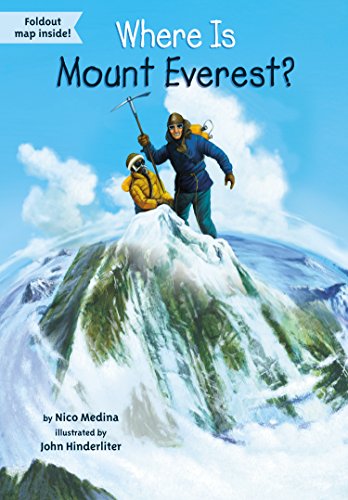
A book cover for Where Is Mount Everest?; Nico Medina; Children's Books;